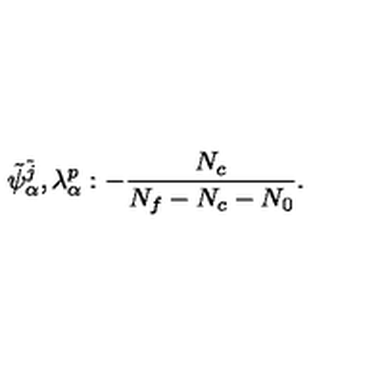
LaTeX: \tilde { \psi } _ { \alpha } ^ { \tilde { j } } , \lambda _ { \alpha } ^ { p } : - \frac { N _ { c } } { N _ { f } - N _ { c } - N _ { 0 } } .